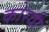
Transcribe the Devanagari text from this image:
कोरवी